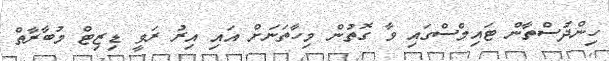
ހިންދުސްތާން ޓައިމްސްގައި ވާ ގޮތުން މިހާތަނަށް އައި އިރު ރަވީ ޑިޒިޓް މުބާރާތް